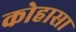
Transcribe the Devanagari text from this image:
कोहासा